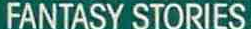
FANTASY STORIES